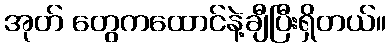
အုတ် တွေကထောင်နဲ့ချီပြီးရှိတယ်။